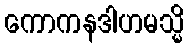
ကောကနဒါဟမသ္မိ